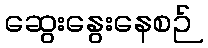
ဆွေးနွေးနေစဉ်